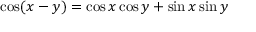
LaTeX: \cos ( x - y ) = \cos x \cos y + \sin x \sin y